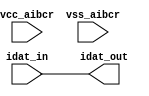
// SPDX-License-Identifier: Apache-2.0
// Copyright (C) 2019 Intel Corporation. All rights reserved
module aibcr3_txdat_mimic (
	input wire idat_in,
	input wire vcc_aibcr,
	input wire vss_aibcr,
	output wire idat_out
);

	assign idat_out = idat_in;

endmodule